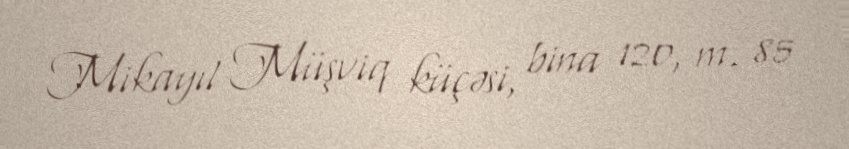
Mikayıl Müşviq küçəsi, bina 120, m. 85